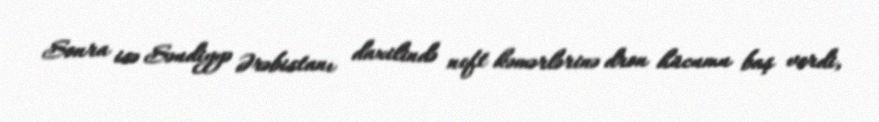
Sonra isə Səudiyyə Ərəbistanı daxilində neft kəmərlərinə dron hücumu baş verdi,